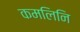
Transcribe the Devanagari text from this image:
कमलिनि